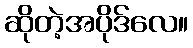
ဆိုတဲ့အပိုဒ်လေ။